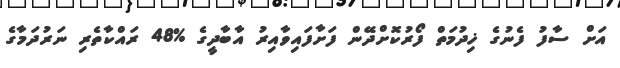
އަށް ސާފު ފެނުގެ ޚިދުމަތް ފޯރުކޮށްދޭން ފަށާފައިވާއިރު އާބާދީގެ %48 ރައްކާތެރި ނަރުދަމާގެ